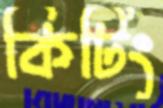
কিটিং